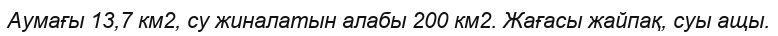
Аумағы 13,7 км2, су жиналатын алабы 200 км2. Жағасы жайпақ, суы ащы.